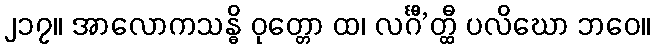
၂၁၇။ အာလောကသန္ဓိ ဝုတ္တော ထ၊ လင်္ဂီ’တ္ထီ ပလိဃော ဘဝေ။